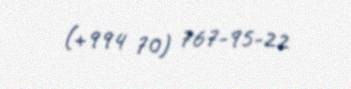
(+994 70) 767-95-22